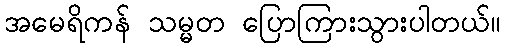
အမေရိကန် သမ္မတ ပြောကြားသွားပါတယ်။